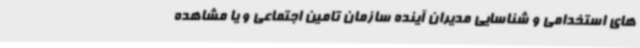
های استخدامی و شناسایی مدیران آینده سازمان تامین اجتماعی و یا مشاهده